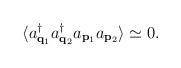
LaTeX: \begin{align*}\langle a^\dagger_{{\bf q}_1} a_{{\bf q}_2}^\dagger a_{{\bf p}_1} a_{{\bf p}_2} \rangle \simeq 0 . \end{align*}